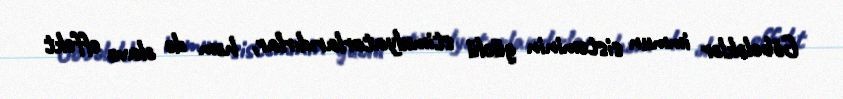
Göbələklər immun sisteminin güclü stimulyatorlarıdırlar, həm də əlavə effekt